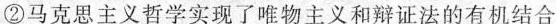
②马克思主义哲学实现了唯物主义和辩证法的有机结合